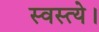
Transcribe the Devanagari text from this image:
स्वस्त्ये।